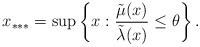
LaTeX: \begin{align*}x_{***}=\sup\left\{x: \frac{\tilde{\mu}(x)}{\tilde{\lambda}(x)}\leq \theta\right\}.\end{align*}